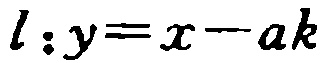
\(l:y = x - ak\)